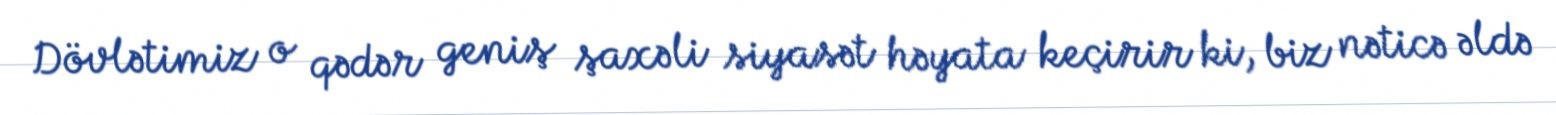
Dövlətimiz o qədər geniş şaxəli siyasət həyata keçirir ki, biz nəticə əldə